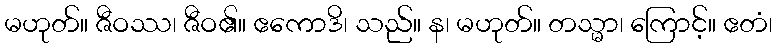
မဟုတ်။ ဇီဝဿ၊ ဇီဝ၏။ ဧကောဒိ၊ သည်။ န၊ မဟုတ်။ တသ္မာ၊ ကြောင့်။ ဧတံ၊